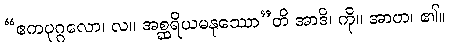
“ဧကပုဂ္ဂလော၊ လ။ အစ္ဆရိယမနုဿော”တိ အာဒိ၊ ကို။ အာဟ၊ ၏။